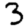
Digit: 3